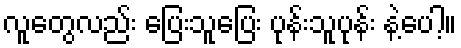
လူတွေလည်း ပြေးသူပြေး ပုန်းသူပုန်း နဲ့ပေါ့။